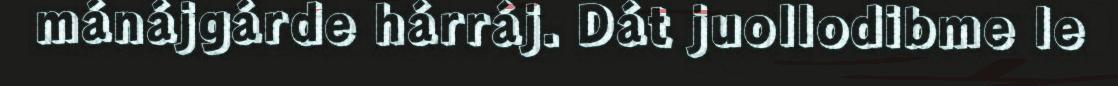
mánájgárde hárráj. Dát juollodibme le